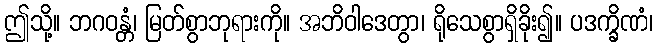
ဤသို့။ ဘဂဝန္တံ၊ မြတ်စွာဘုရားကို။ အဘိဝါဒေတွာ၊ ရိုသေစွာရှိခိုး၍။ ပဒက္ခိဏံ၊